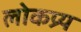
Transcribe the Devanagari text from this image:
लोकप्र्य